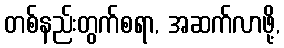
တစ်နည်းတွက်စရာ, အဆက်လာဖို့,